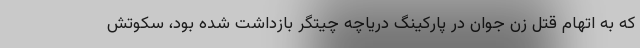
که به اتهام قتل زن جوان در پارکینگ دریاچه چیتگر بازداشت شده بود، سکوتش